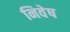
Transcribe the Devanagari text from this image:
निवेष